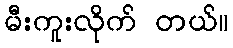
မီးကူးလိုက် တယ်။